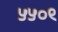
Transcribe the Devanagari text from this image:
५५०९